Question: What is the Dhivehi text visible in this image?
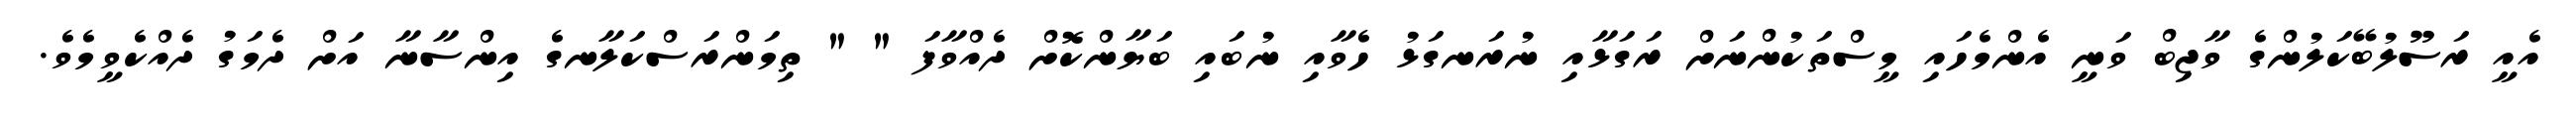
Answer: އެއީ ރަސޫލުބޭކަލުންގެ ވާޖިބް ވަނީ އެންމެހައި މީސްތަކުންނަށް ރަގަޅާއި ނުރަނގަޅު ހެވާއި ނުބައި ބަޔާންކޮށް ދެއްވާފަ " " ތިމަންރަސްކަލާނގެ އިންސާނާ އަށް ދެމަގު ދެއްކެވީމެވެ.